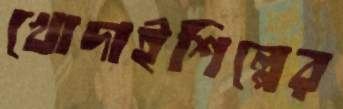
খোদাইশিল্পের